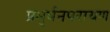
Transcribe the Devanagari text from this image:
प्रभुर्धनपरायण